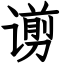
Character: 谫